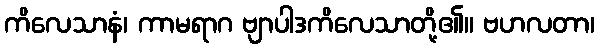
ကိလေသာနံ၊ ကာမရာဂ ဗျာပါဒကိလေသာတို့၏။ ဗဟလတာ၊